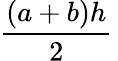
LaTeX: {\frac{(a+b)h}{2}}\,